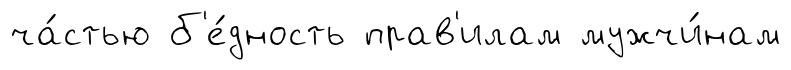
ча́стью б'е́дность прав'илам мужчи́нам